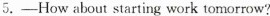
5.—How about starting work tomorrow?